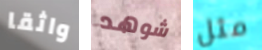
واثقا شوهد مثل